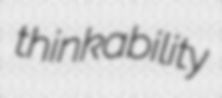
thinkability